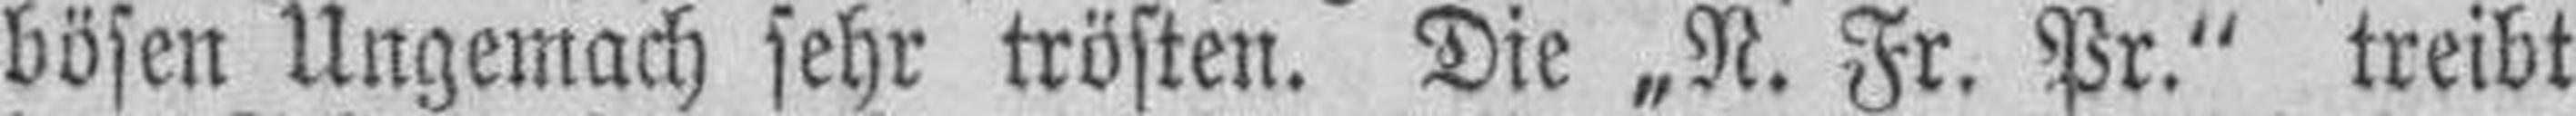
bösen Ungemach sehr trösten. Die „N. Fr. Pr." treibt